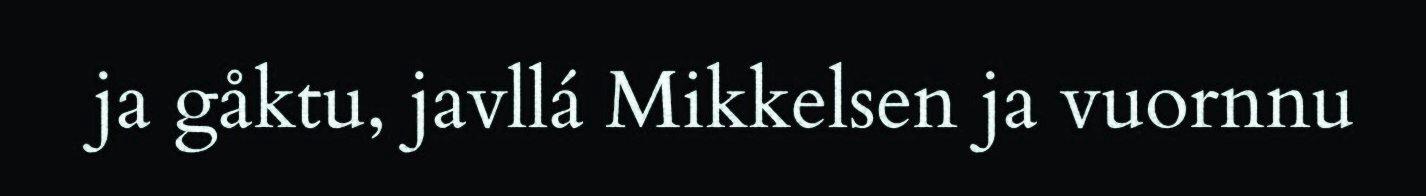
ja gåktu, javllá Mikkelsen ja vuornnu